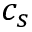
c _ { s }